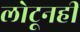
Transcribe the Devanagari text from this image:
लोटूनही